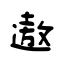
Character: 遨